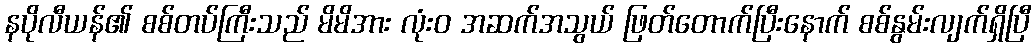
နပိုလီယန်၏ စစ်တပ်ကြီးသည် မိမိအား လုံးဝ အဆက်အသွယ် ဖြတ်တောက်ပြီးနောက် စစ်နွမ်းလျက်ရှိပြီ